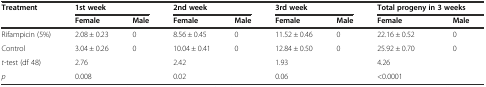
<table><thead><tr><td><b>Treatment</b></td><td colspan="2"><b>1st week</b></td><td colspan="2"><b>2nd week</b></td><td colspan="2"><b>3rd week</b></td><td colspan="2"><b>Total progeny in 3 weeks</b></td></tr><tr><td></td><td><b>Female</b></td><td><b>Male</b></td><td><b>Female</b></td><td><b>Male</b></td><td><b>Female</b></td><td><b>Male</b></td><td><b>Female</b></td><td><b>Male</b></td></tr></thead><tbody><tr><td>Rifampicin (5%)</td><td>2.08 ± 0.23</td><td>0</td><td>8.56 ± 0.45</td><td>0</td><td>11.52 ± 0.46</td><td>0</td><td>22.16 ± 0.52</td><td>0</td></tr><tr><td>Control</td><td>3.04 ± 0.26</td><td>0</td><td>10.04 ± 0.41</td><td>0</td><td>12.84 ± 0.50</td><td>0</td><td>25.92 ± 0.70</td><td>0</td></tr><tr><td><i>t</i>-test (df 48)</td><td>2.76</td><td></td><td>2.42</td><td></td><td>1.93</td><td></td><td>4.26</td><td></td></tr><tr><td><i>p</i></td><td>0.008</td><td></td><td>0.02</td><td></td><td>0.06</td><td></td><td>&lt;0.0001</td><td></td></tr></tbody></table>